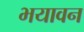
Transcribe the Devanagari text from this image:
भयावन